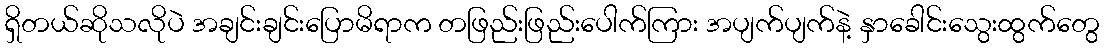
ရှိတယ်ဆိုသလိုပဲ အချင်းချင်းပြောမိရာက တဖြည်းဖြည်းပေါက်ကြား အပျက်ပျက်နဲ့ နှာခေါင်းသွေးထွက်တွေ